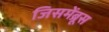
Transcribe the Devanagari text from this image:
जिसमेंब्रूस